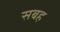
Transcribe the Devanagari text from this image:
सबह